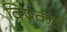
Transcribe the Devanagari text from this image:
विषकंठ